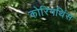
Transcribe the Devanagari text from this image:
कोरिनथिंस